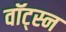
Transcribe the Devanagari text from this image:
वॉट्स्न